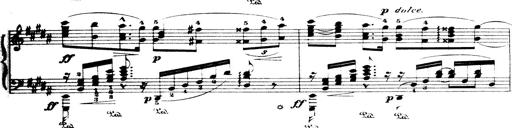
Title: Wagner-Liszt Album
Composer: Franz Liszt